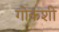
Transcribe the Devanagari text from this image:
गोकशी